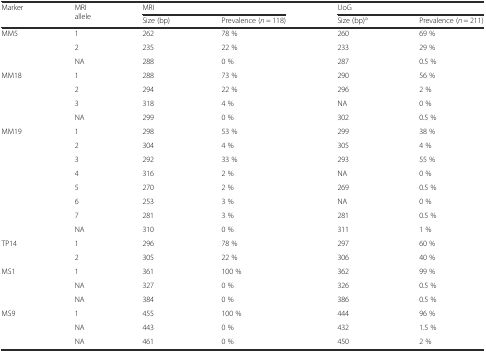
<table><thead><tr><td rowspan="2"><b>Marker</b></td><td rowspan="2"><b>MRI allele</b></td><td colspan="2"><b>MRI</b></td><td colspan="2"><b>UoG</b></td></tr><tr><td><b>Size (bp)</b></td><td><b>Prevalence (<i>n</i> = 118)</b></td><td><b>Size (bp)<sup>a</sup></b></td><td><b>Prevalence (<i>n</i> = 211)</b></td></tr></thead><tbody><tr><td rowspan="3">MM5</td><td>1</td><td>262</td><td>78 %</td><td>260</td><td>69 %</td></tr><tr><td>2</td><td>235</td><td>22 %</td><td>233</td><td>29 %</td></tr><tr><td>NA</td><td>288</td><td>0 %</td><td>287</td><td>0.5 %</td></tr><tr><td rowspan="4">MM18</td><td>1</td><td>288</td><td>73 %</td><td>290</td><td>56 %</td></tr><tr><td>2</td><td>294</td><td>22 %</td><td>296</td><td>2 %</td></tr><tr><td>3</td><td>318</td><td>4 %</td><td>NA</td><td>0 %</td></tr><tr><td>NA</td><td>299</td><td>0 %</td><td>302</td><td>0.5 %</td></tr><tr><td rowspan="8">MM19</td><td>1</td><td>298</td><td>53 %</td><td>299</td><td>38 %</td></tr><tr><td>2</td><td>304</td><td>4 %</td><td>305</td><td>4 %</td></tr><tr><td>3</td><td>292</td><td>33 %</td><td>293</td><td>55 %</td></tr><tr><td>4</td><td>316</td><td>2 %</td><td>NA</td><td>0 %</td></tr><tr><td>5</td><td>270</td><td>2 %</td><td>269</td><td>0.5 %</td></tr><tr><td>6</td><td>253</td><td>3 %</td><td>NA</td><td>0 %</td></tr><tr><td>7</td><td>281</td><td>3 %</td><td>281</td><td>0.5 %</td></tr><tr><td>NA</td><td>310</td><td>0 %</td><td>311</td><td>1 %</td></tr><tr><td rowspan="2">TP14</td><td>1</td><td>296</td><td>78 %</td><td>297</td><td>60 %</td></tr><tr><td>2</td><td>305</td><td>22 %</td><td>306</td><td>40 %</td></tr><tr><td rowspan="3">MS1</td><td>1</td><td>361</td><td>100 %</td><td>362</td><td>99 %</td></tr><tr><td>NA</td><td>327</td><td>0 %</td><td>326</td><td>0.5 %</td></tr><tr><td>NA</td><td>384</td><td>0 %</td><td>386</td><td>0.5 %</td></tr><tr><td rowspan="3">MS9</td><td>1</td><td>455</td><td>100 %</td><td>444</td><td>96 %</td></tr><tr><td>NA</td><td>443</td><td>0 %</td><td>432</td><td>1.5 %</td></tr><tr><td>NA</td><td>461</td><td>0 %</td><td>450</td><td>2 %</td></tr></tbody></table>